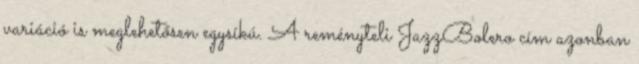
variáció is meglehetősen egysíkú. A reményteli JazzBolero cím azonban